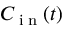
C _ { \tiny { \mathrm { ~ i ~ n ~ } } } ( t )